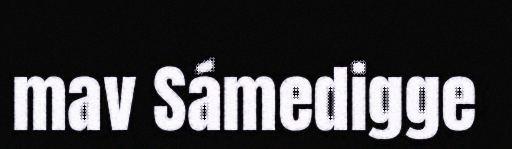
mav Sámedigge